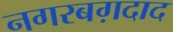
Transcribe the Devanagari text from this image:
नगरबग़दाद